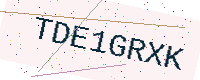
Text: TDE1GRXK